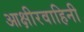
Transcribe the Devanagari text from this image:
आक्षीरवाहिनी